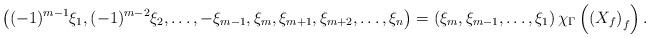
LaTeX: \begin{align*}\left((-1)^{m-1}\xi_1, (-1)^{m-2}\xi_2,\dots, -\xi_{m-1},\xi_m, \xi_{m+1},\xi_{m+2},\dots, \xi_n\right)=\left(\xi_m,\xi_{m-1},\dots, \xi_1\right)\chi_\Gamma\left(\left(X_f\right)_f\right).\end{align*}